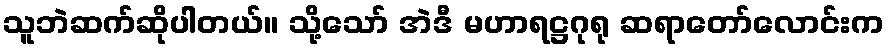
သူဘဲဆက်ဆိုပါတယ်။ သို့သော် အဲဒီ မဟာရဋ္ဌဂုရု ဆရာတော်လောင်းက